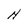
Character: H